DOW-UAP-D48, Department of the Air Force Report, 1996
Agency: Department of War
Incident date: 9/10/96
Page 14
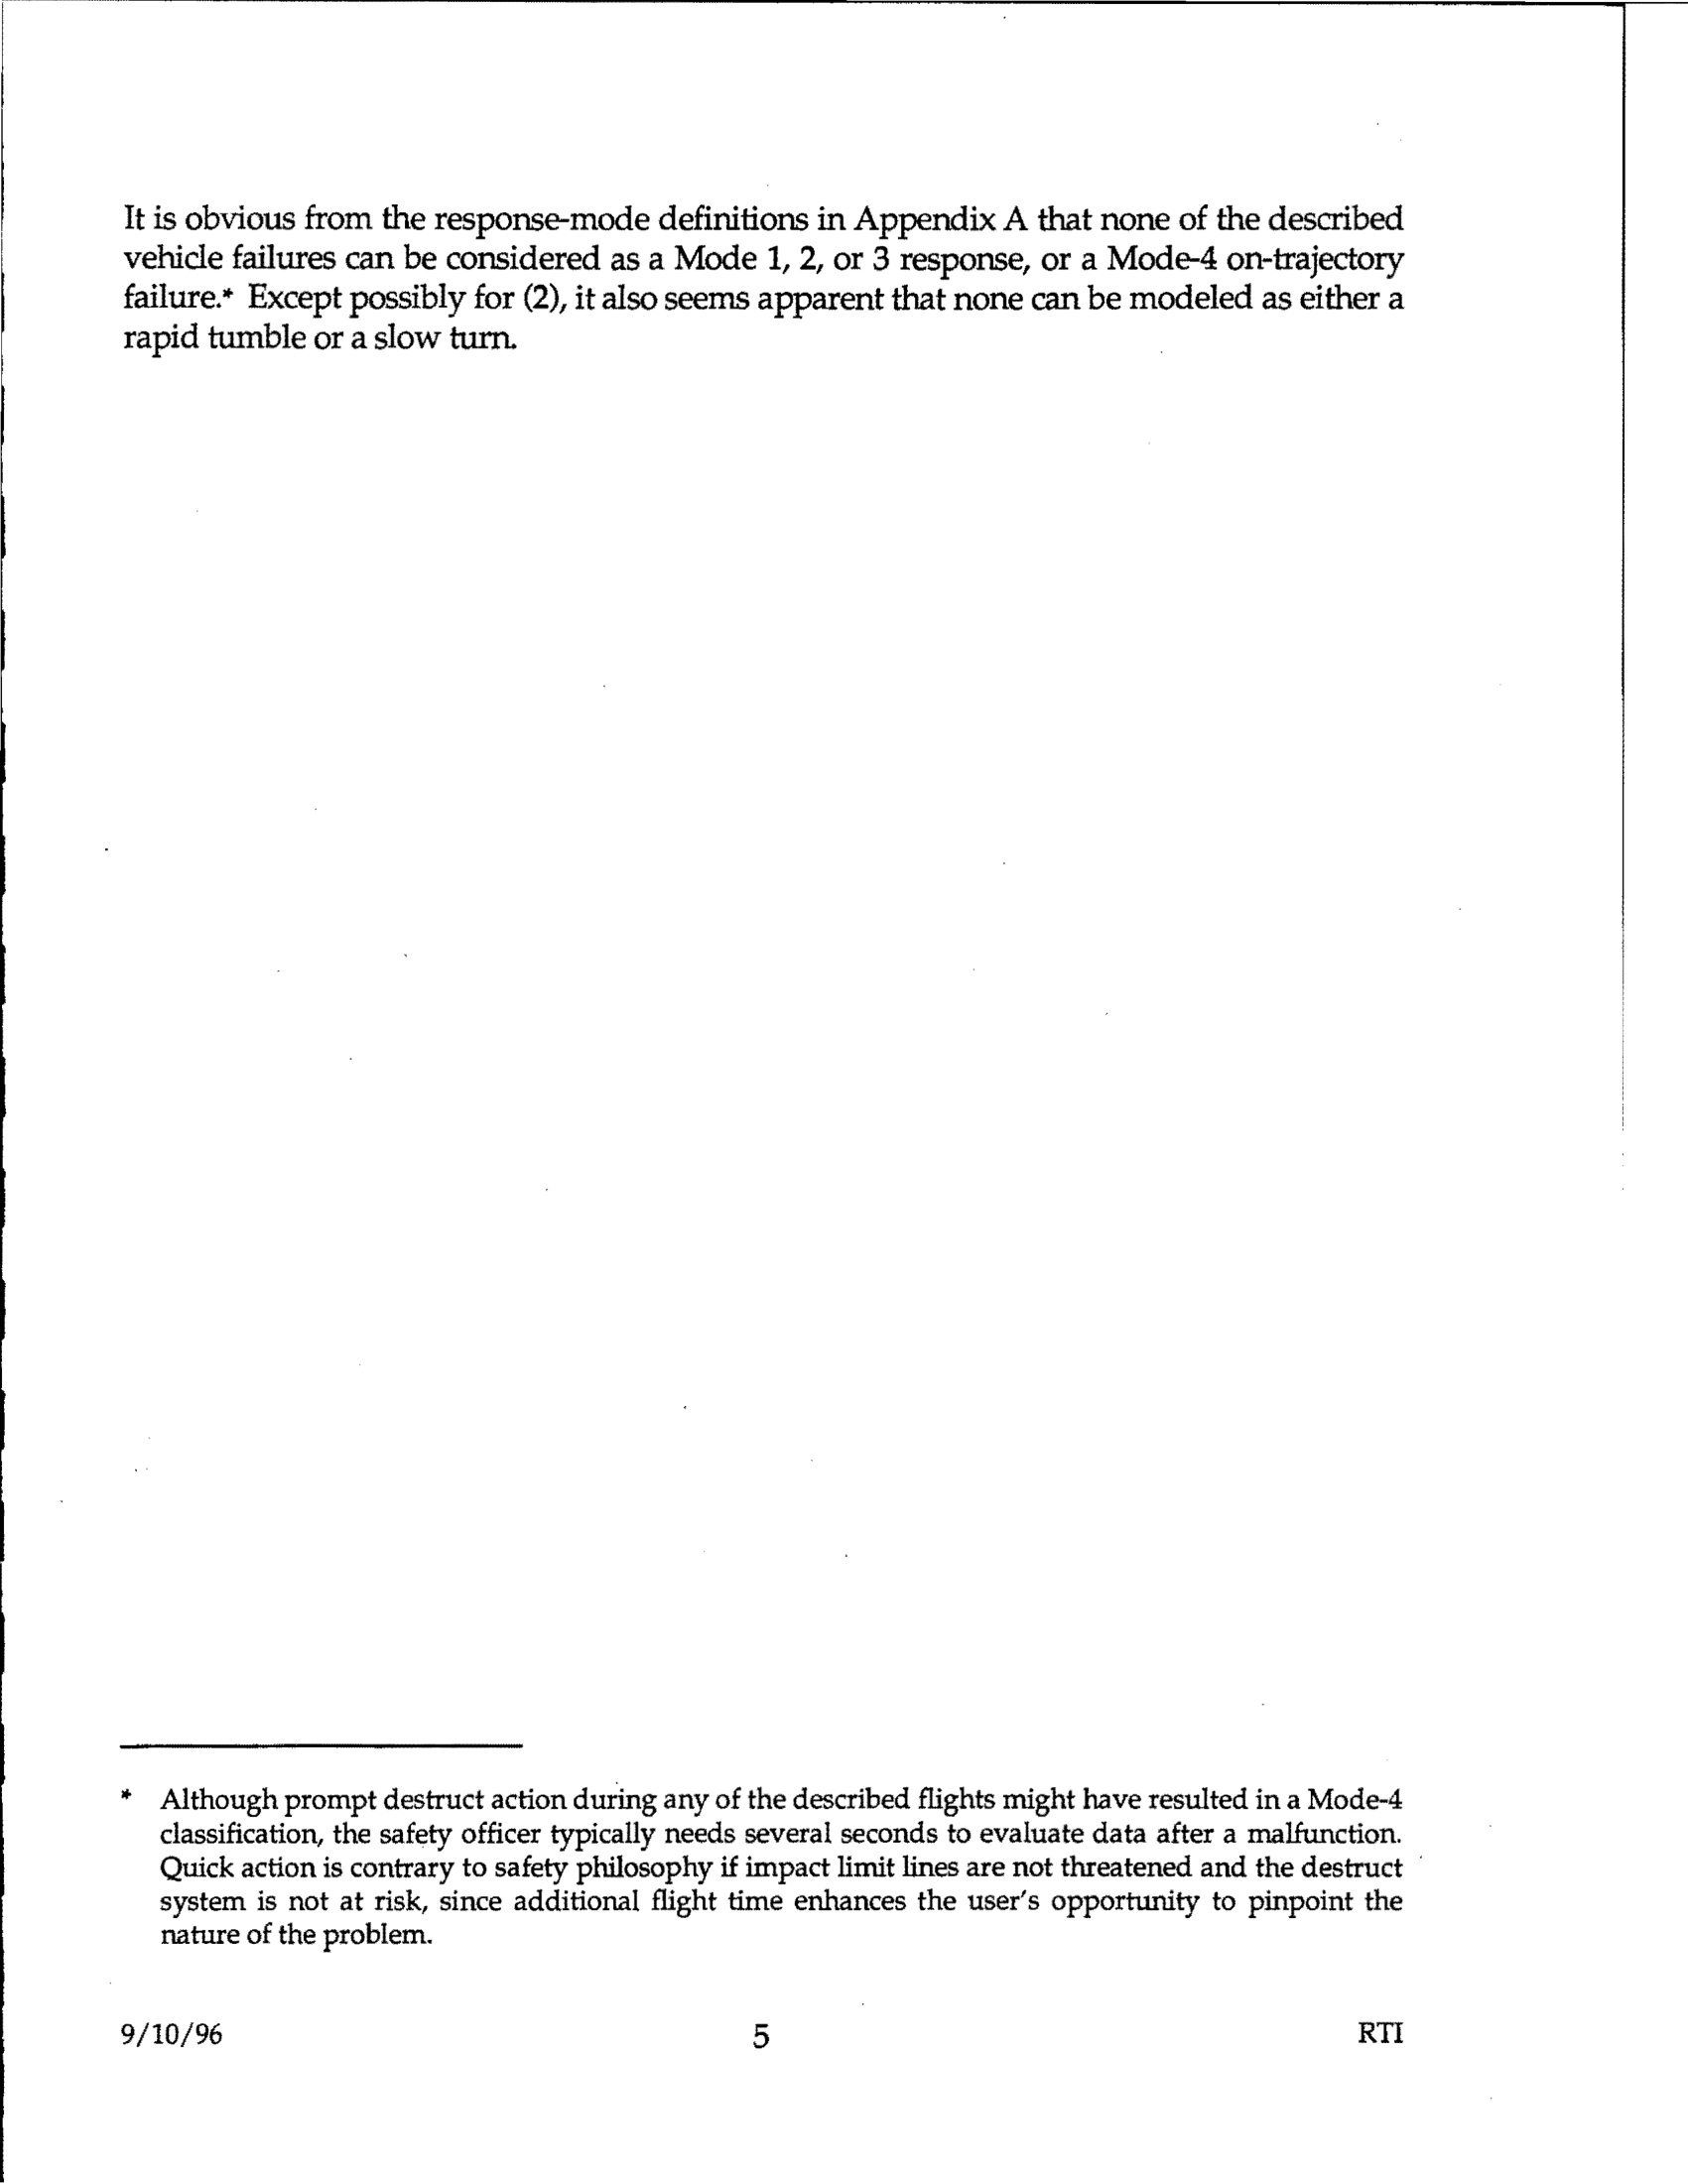